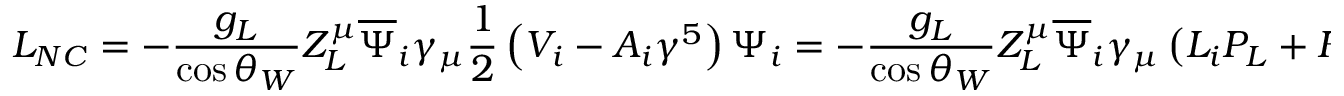
{ \cal { L } } _ { N C } = - \frac { g _ { L } } { \cos \theta _ { W } } Z _ { L } ^ { \mu } \overline { { \Psi } } _ { i } \gamma _ { \mu } \frac 1 2 \left( V _ { i } - A _ { i } \gamma ^ { 5 } \right) \Psi _ { i } = - \frac { g _ { L } } { \cos \theta _ { W } } Z _ { L } ^ { \mu } \overline { { \Psi } } _ { i } \gamma _ { \mu } \left( L _ { i } P _ { L } + R _ { i } P _ { R } \right) \Psi _ { i } ,